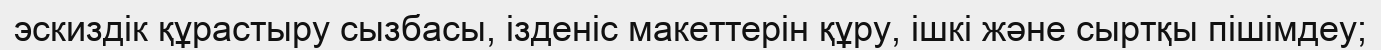
эскиздік құрастыру сызбасы, ізденіс макеттерін құру, ішкі және сыртқы пішімдеу;